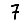
Digit: 7